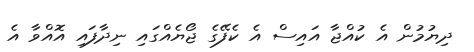
ދިޔުމުން އެ ކުއްޖާ އައިސް އެ ކެފޭގެ ޖޯޔެއްގައި ނިދާފައި އޮއްވާ އެ